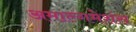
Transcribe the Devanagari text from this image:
अमाल्गमेशंस